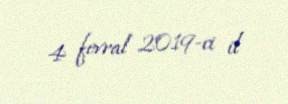
4 fevral 2019-ci il